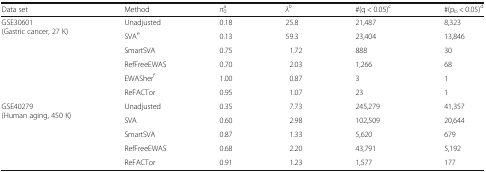
<table><thead><tr><td><b>Data set</b></td><td><b>Method</b></td><td><b><i>π</i><sub>0</sub><sup>a</sup></b></td><td><b><i>λ</i><sup><i>b</i></sup></b></td><td><b>#(q &lt; 0.05)<sup>c</sup></b></td><td><b>#(p<sub>b</sub> &lt; 0.05)<sup>d</sup></b></td></tr></thead><tbody><tr><td rowspan="6">GSE30601(Gastric cancer, 27 K)</td><td>Unadjusted</td><td>0.18</td><td>25.8</td><td>21,487</td><td>8,323</td></tr><tr><td>SVA<sup>e</sup></td><td>0.13</td><td>59.3</td><td>23,404</td><td>13,846</td></tr><tr><td>SmartSVA</td><td>0.75</td><td>1.72</td><td>888</td><td>30</td></tr><tr><td>RefFreeEWAS</td><td>0.70</td><td>2.03</td><td>1,266</td><td>68</td></tr><tr><td>EWASher<sup>f</sup></td><td>1.00</td><td>0.87</td><td>3</td><td>1</td></tr><tr><td>ReFACTor</td><td>0.95</td><td>1.07</td><td>23</td><td>1</td></tr><tr><td rowspan="5">GSE40279(Human aging, 450 K)</td><td>Unadjusted</td><td>0.35</td><td>7.73</td><td>245,279</td><td>41,357</td></tr><tr><td>SVA</td><td>0.60</td><td>2.98</td><td>102,509</td><td>20,644</td></tr><tr><td>SmartSVA</td><td>0.87</td><td>1.33</td><td>5,620</td><td>679</td></tr><tr><td>RefFreeEWAS</td><td>0.68</td><td>2.20</td><td>43,791</td><td>5,192</td></tr><tr><td>ReFACTor</td><td>0.91</td><td>1.23</td><td>1,577</td><td>177</td></tr></tbody></table>